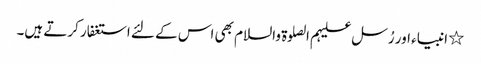
٭ انبیاء اور رُسل علیہم الصلوۃ والسلام بھی اس کے لئے استغفار کرتے ہیں۔